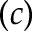
( c )